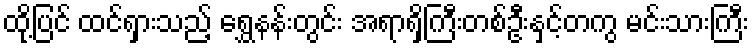
ထို့ပြင် ထင်ရှားသည့် ရွှေနန်းတွင်း အရာရှိကြီးတစ်ဦးနှင့်တကွ မင်းသားကြီး